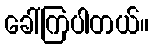
ခေါ်ကြပါတယ်။